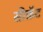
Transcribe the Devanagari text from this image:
सीक्रॅट